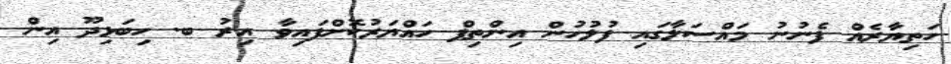
ހަތިޔާރެއް ފެނުނު މައްސަލާގައި ފުލުހުން އިންތިފް ހައްޔަރުކޮށްފައިވާ އިރު ބ. ހިބަޅިދޫ އިން